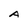
Character: A